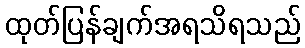
ထုတ်ပြန်ချက်အရသိရသည်